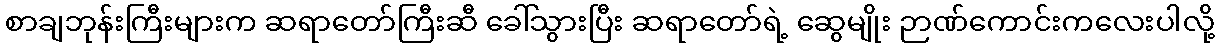
စာချဘုန်းကြီးများက ဆရာတော်ကြီးဆီ ခေါ်သွားပြီး ဆရာတော်ရဲ့ ဆွေမျိုး ဉာဏ်ကောင်းကလေးပါလို့